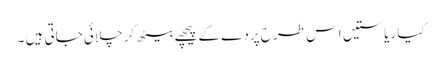
کیا ریاستیں اس طرح پردے کے پیچھے بیٹھ کر چلائی جاتی ہیں ۔